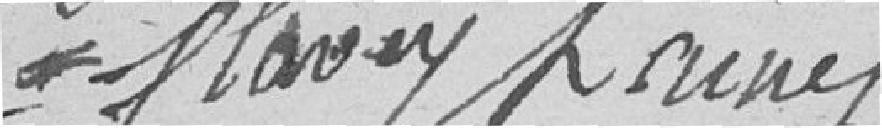
Clavey l'aîné